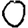
Digit: 0